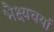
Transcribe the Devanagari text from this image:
भैक्ष्यचर्या